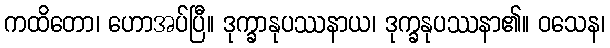
ကထိတော၊ ဟောအပ်ပြီ။ ဒုက္ခာနုပဿနာယ၊ ဒုက္ခနုပဿနာ၏။ ဝသေန၊